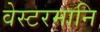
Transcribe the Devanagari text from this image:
वेस्टरमानि